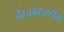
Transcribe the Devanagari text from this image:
जैवअवकरणीय